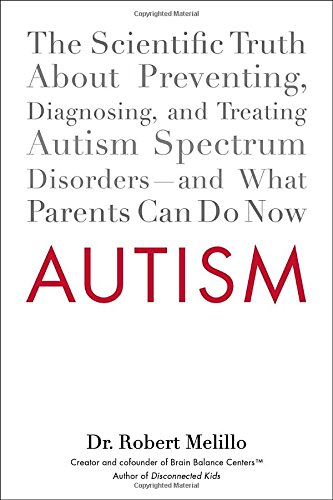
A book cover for Autism: The Scientific Truth About Preventing, Diagnosing, and Treating Autism Spectrum Disorders--and What Parents Can Do Now; Dr. Robert Melillo; Parenting & Relationships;